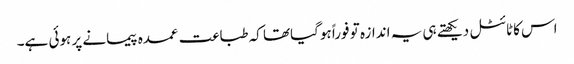
اس کاٹائٹل دیکھتے ہی یہ اندازہ تو فوراً ہوگیاتھا کہ طباعت عمدہ پیمانے پر ہوئی ہے۔